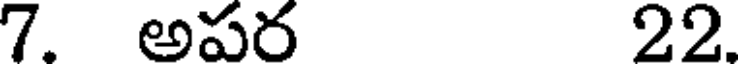
7. అపర 22.